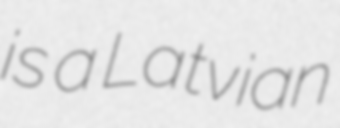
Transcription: is a Latvian